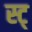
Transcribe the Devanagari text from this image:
स्ट्